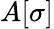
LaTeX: A[\sigma]